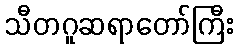
သီတဂူဆရာတော်ကြီး